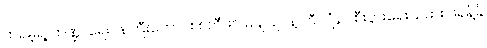
ထရမ့်ရဲ့ ဘဏ္ဍာရေးဝန်ကြီးဟောင်း စတီဖင် မနျူချင်နဲ့ ဘီလျံနာ စီးပွားရေးသမား ဖရန့်ခ်